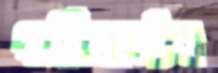
পরিমার্জন